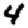
Digit: 4